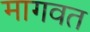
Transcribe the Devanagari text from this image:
मागवत